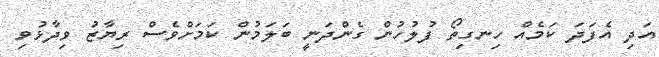
އަދި އެފަދަ ކަމެއް ހިނގިތޯ ފުލުހުން ގެންދަނީ ބަލަމުން ކަމަށްވެސް ރިޔާޒު ވިދާޅުވި